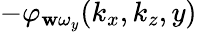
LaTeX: -\varphi_{\mathbf{w}\omega_{y}}(k_{x},k_{z},y)